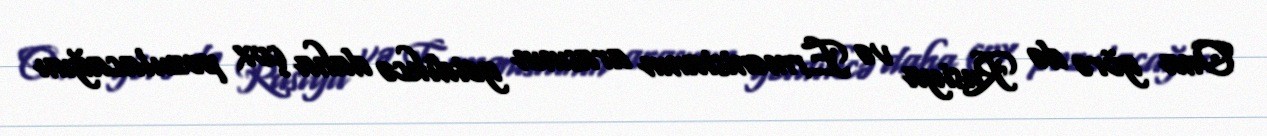
Ona görə də Rusiya və Ermənistanın arasının getdikcə daha çox pozulacağını